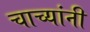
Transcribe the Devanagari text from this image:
चाच्यांनी